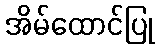
အိမ်ထောင်ပြု